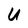
Character: U